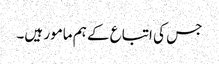
جس کی اتباع کے ہم مامور ہیں۔